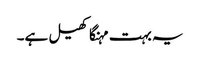
یہ بہت مہنگا کھیل ہے۔